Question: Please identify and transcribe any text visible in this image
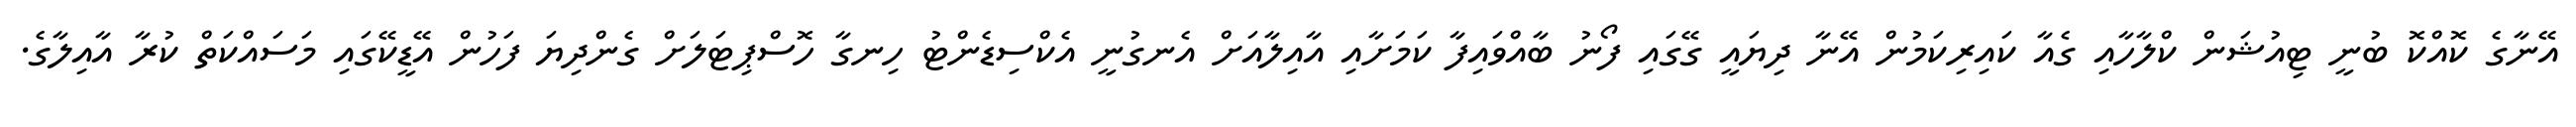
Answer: އޭނާގެ ކޮއްކޮ ބުނީ ޓިއުޝަން ކްލާހާއި ގެއާ ކައިރިކަމުން އޭނާ ދިޔައީ ގޭގައި ފޯނު ބާއްވައިފާ ކަމަށާއި އާއިލާއަށް އެނގުނީ އެކްސިޑެންޓު ހިނގާ ހޮސްޕިޓަލަށް ގެންދިޔަ ފަހުން އޭޑީކޭގައި މަސައްކަތް ކުރާ އާއިލާގެ.